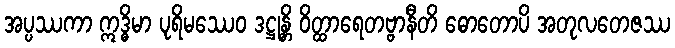
အပ္ပဿကာ ဣဒ္ဓိမာ ပုရိမဿေဝ ဒဋ္ဌုန္တိ ဝိတ္ထာရေတဗ္ဗာနီတိ ဓောတောပိ အတုလတေဇဿ